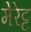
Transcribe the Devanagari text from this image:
मेरेट्ट